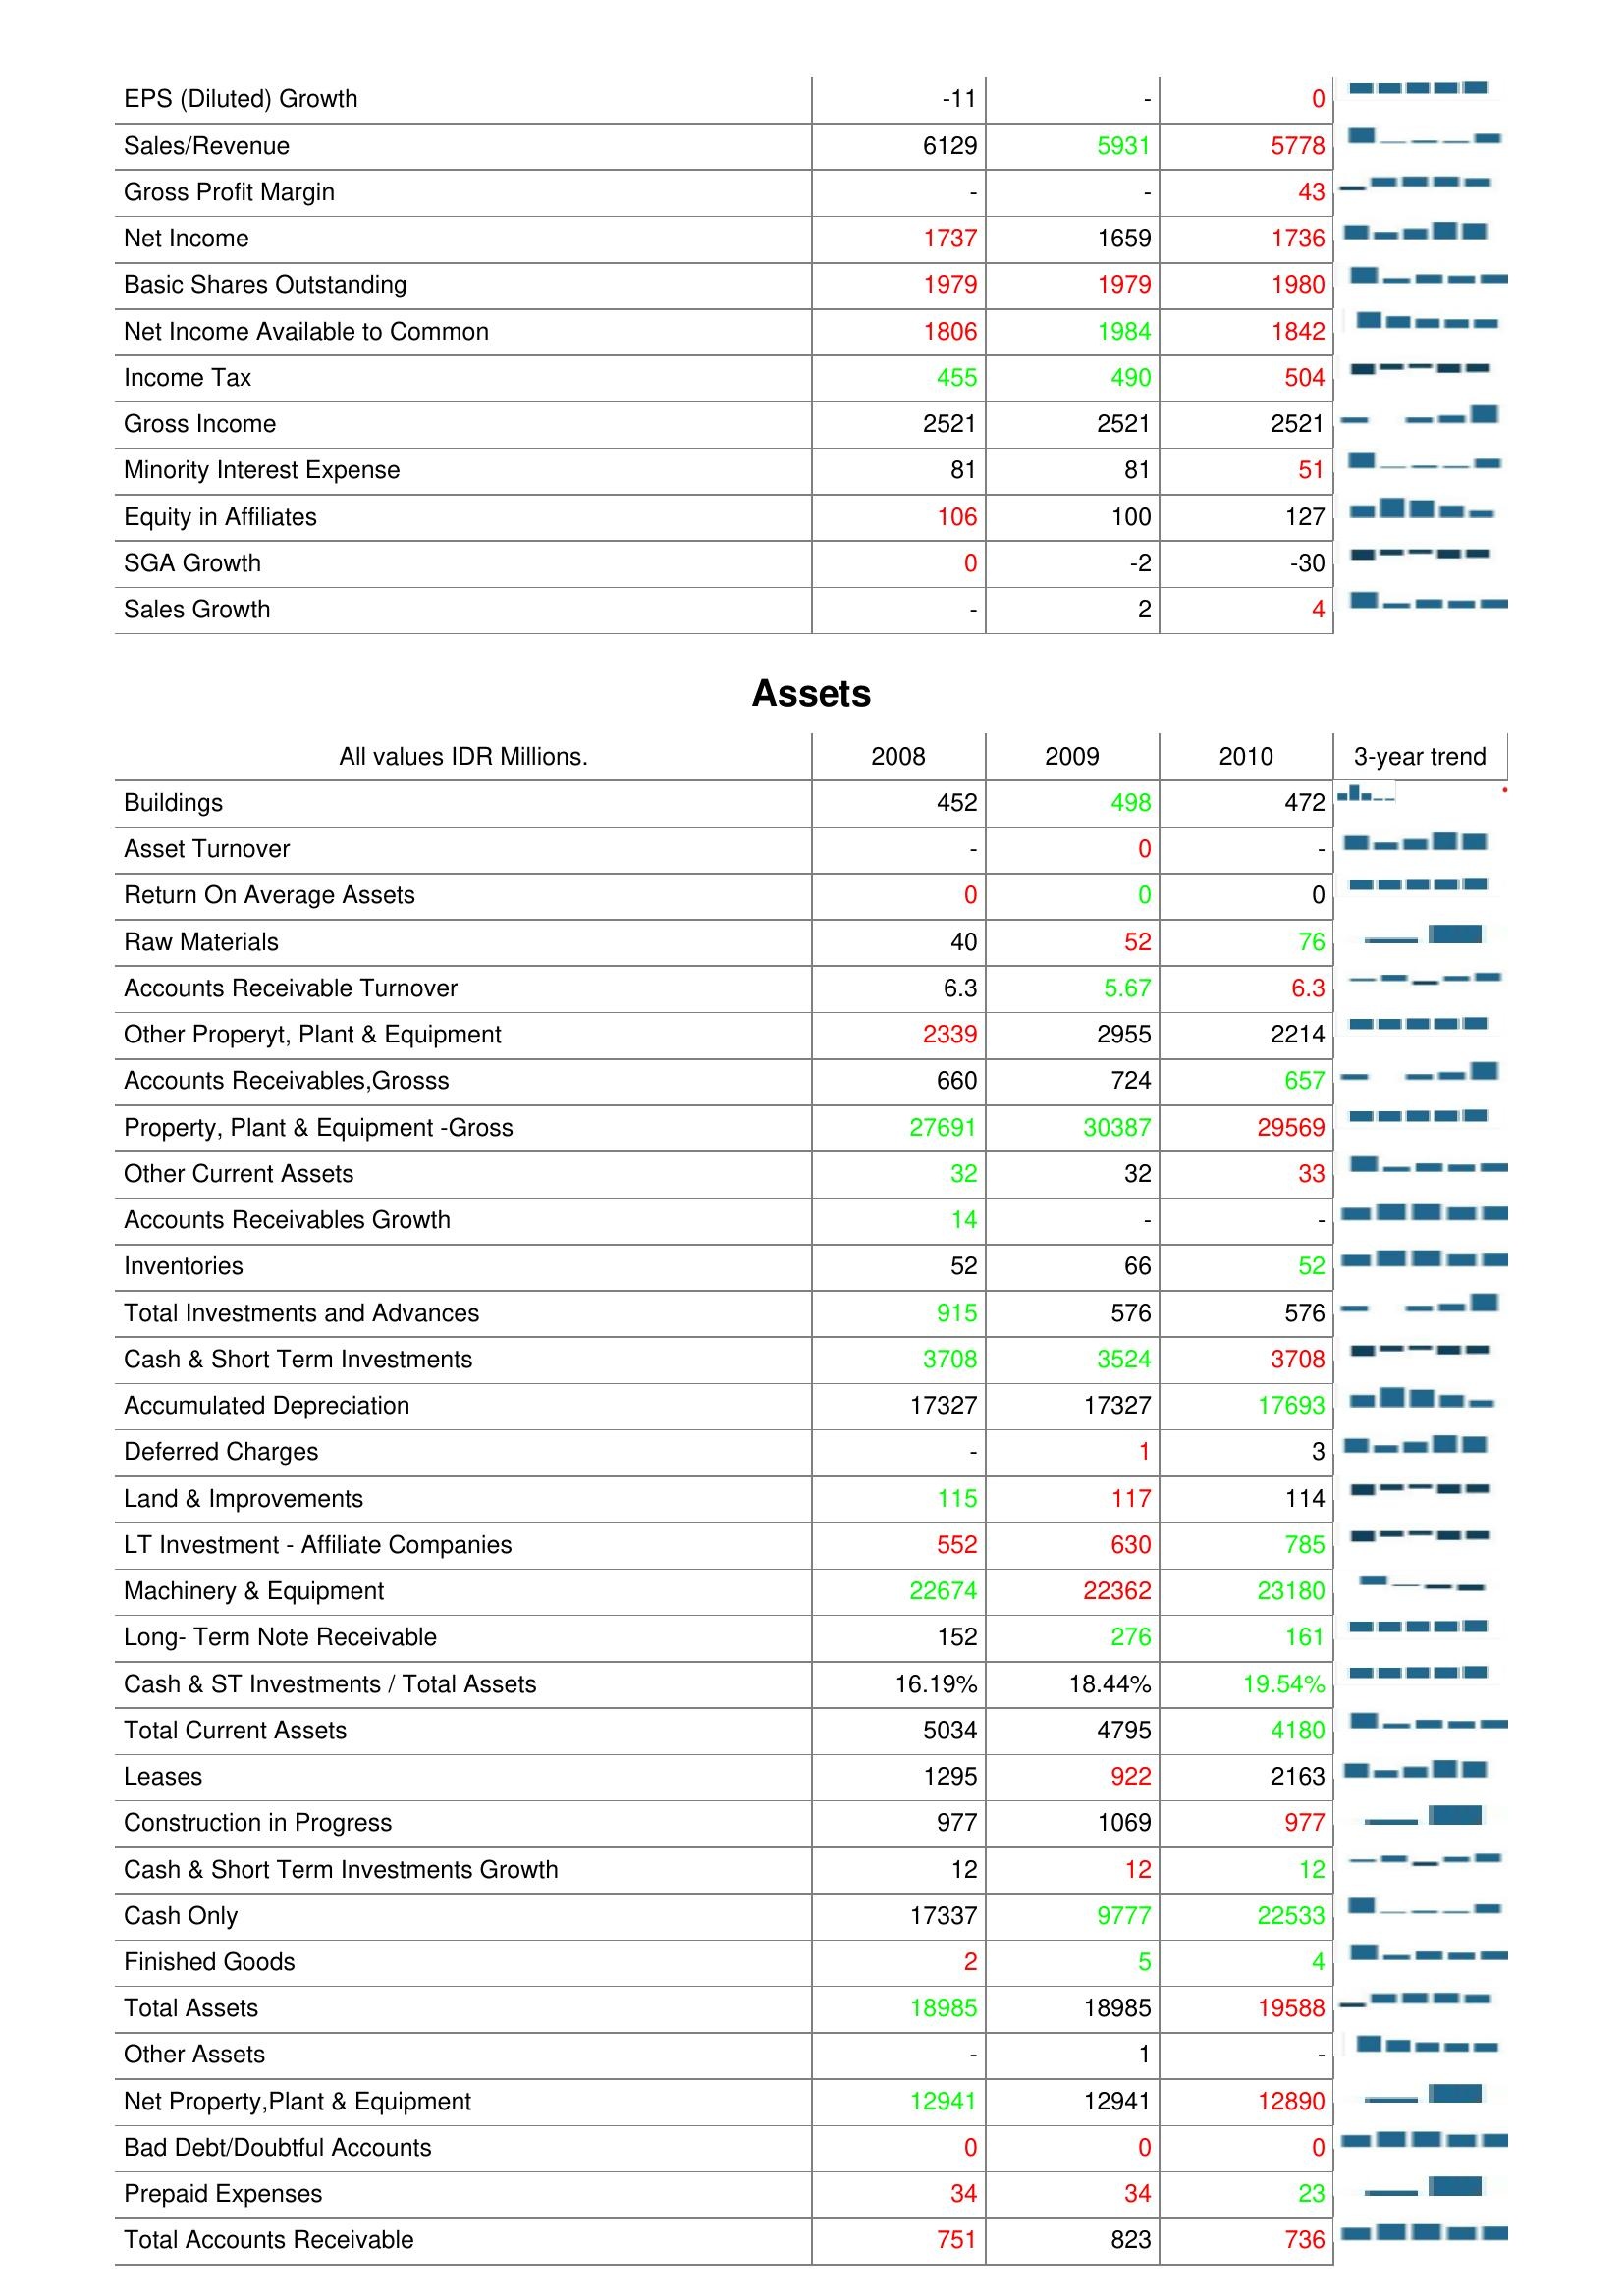
2008: : EPS (Diluted) Growth: -11
Sales/Revenue: 6129
Gross Profit Margin: -
Net Income: 1737
Basic Shares Outstanding: 1979
Net Income Available to Common: 1806
Income Tax: 455
Gross Income: 2521
Minority Interest Expense: 81
Equity in Affiliates: 106
SGA Growth: 0
Sales Growth: -
Assets: Buildings: 452
Asset Turnover: -
Return On Average Assets: 0
Raw Materials: 40
Accounts Receivable Turnover: 6.3
Other Properyt, Plant & Equipment: 2339
Accounts Receivables,Grosss: 660
Property, Plant & Equipment -Gross: 27691
Other Current Assets: 32
Accounts Receivables Growth: 14
Inventories: 52
Total Investments and Advances: 915
Cash & Short Term Investments: 3708
Accumulated Depreciation: 17327
Deferred Charges: -
Land & Improvements: 115
LT Investment - Affiliate Companies: 552
Machinery & Equipment: 22674
Long- Term Note Receivable: 152
Cash & ST Investments / Total Assets: 16.19%
Total Current Assets: 5034
Leases: 1295
Construction in Progress: 977
Cash & Short Term Investments Growth: 12
Cash Only: 17337
Finished Goods: 2
Total Assets: 18985
Other Assets: -
Net Property,Plant & Equipment: 12941
Bad Debt/Doubtful Accounts: 0
Prepaid Expenses: 34
Total Accounts Receivable: 751
2009: : EPS (Diluted) Growth: -
Sales/Revenue: 5931
Gross Profit Margin: -
Net Income: 1659
Basic Shares Outstanding: 1979
Net Income Available to Common: 1984
Income Tax: 490
Gross Income: 2521
Minority Interest Expense: 81
Equity in Affiliates: 100
SGA Growth: -2
Sales Growth: 2
Assets: Buildings: 498
Asset Turnover: 0
Return On Average Assets: 0
Raw Materials: 52
Accounts Receivable Turnover: 5.67
Other Properyt, Plant & Equipment: 2955
Accounts Receivables,Grosss: 724
Property, Plant & Equipment -Gross: 30387
Other Current Assets: 32
Accounts Receivables Growth: -
Inventories: 66
Total Investments and Advances: 576
Cash & Short Term Investments: 3524
Accumulated Depreciation: 17327
Deferred Charges: 1
Land & Improvements: 117
LT Investment - Affiliate Companies: 630
Machinery & Equipment: 22362
Long- Term Note Receivable: 276
Cash & ST Investments / Total Assets: 18.44%
Total Current Assets: 4795
Leases: 922
Construction in Progress: 1069
Cash & Short Term Investments Growth: 12
Cash Only: 9777
Finished Goods: 5
Total Assets: 18985
Other Assets: 1
Net Property,Plant & Equipment: 12941
Bad Debt/Doubtful Accounts: 0
Prepaid Expenses: 34
Total Accounts Receivable: 823
2010: : EPS (Diluted) Growth: 0
Sales/Revenue: 5778
Gross Profit Margin: 43
Net Income: 1736
Basic Shares Outstanding: 1980
Net Income Available to Common: 1842
Income Tax: 504
Gross Income: 2521
Minority Interest Expense: 51
Equity in Affiliates: 127
SGA Growth: -30
Sales Growth: 4
Assets: Buildings: 472
Asset Turnover: -
Return On Average Assets: 0
Raw Materials: 76
Accounts Receivable Turnover: 6.3
Other Properyt, Plant & Equipment: 2214
Accounts Receivables,Grosss: 657
Property, Plant & Equipment -Gross: 29569
Other Current Assets: 33
Accounts Receivables Growth: -
Inventories: 52
Total Investments and Advances: 576
Cash & Short Term Investments: 3708
Accumulated Depreciation: 17693
Deferred Charges: 3
Land & Improvements: 114
LT Investment - Affiliate Companies: 785
Machinery & Equipment: 23180
Long- Term Note Receivable: 161
Cash & ST Investments / Total Assets: 19.54%
Total Current Assets: 4180
Leases: 2163
Construction in Progress: 977
Cash & Short Term Investments Growth: 12
Cash Only: 22533
Finished Goods: 4
Total Assets: 19588
Other Assets: -
Net Property,Plant & Equipment: 12890
Bad Debt/Doubtful Accounts: 0
Prepaid Expenses: 23
Total Accounts Receivable: 736